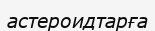
астероидтарға